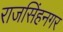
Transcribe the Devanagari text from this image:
राजसिंहनगर